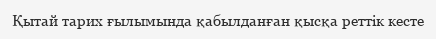
Қытай тарих ғылымында қабылданған қысқа реттік кесте